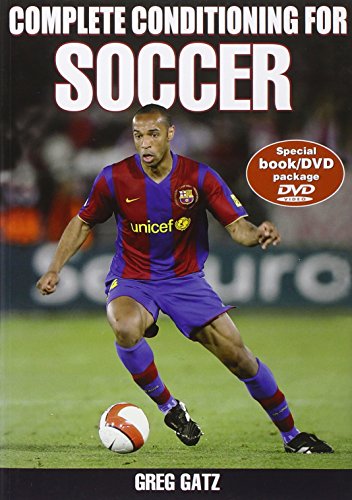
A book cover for Complete Conditioning for Soccer (Complete Conditioning for Sports); Greg Gatz; Sports & Outdoors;